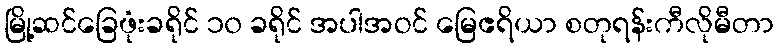
မြို့ဆင်ခြေဖုံးခရိုင် ၁၀ ခရိုင် အပါအဝင် မြေဧရိယာ စတုရန်းကီလိုမီတာ